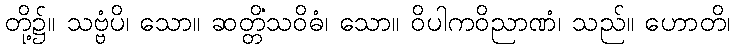
တို့၌။ သဗ္ဗံပိ၊ သော။ ဆတ္တိံသဝိဓံ၊ သော။ ဝိပါကဝိညာဏံ၊ သည်။ ဟောတိ၊